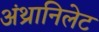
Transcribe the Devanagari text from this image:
अंथ्रानिलेट